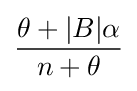
{\frac {\theta +|B|\alpha }{n+\theta }}